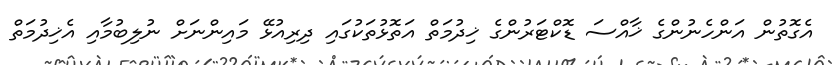
އެގޮތުން އަންހެނުންގެ ޚާއްސަ ޑޮކްޓަރުންގެ ޚިދުމަތް އަތޮޅުތަކުގައި ދިރިއުޅޭ މައިންނަށް ނުލިބުމާއި އެޚިދުމަތް